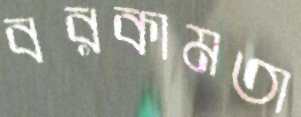
বরকামতা